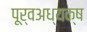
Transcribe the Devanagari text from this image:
पूर्वअध्यक्ष